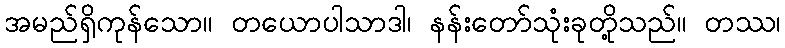
အမည်ရှိကုန်သော။ တယောပါသာဒါ၊ နန်းတော်သုံးခုတို့သည်။ တဿ၊